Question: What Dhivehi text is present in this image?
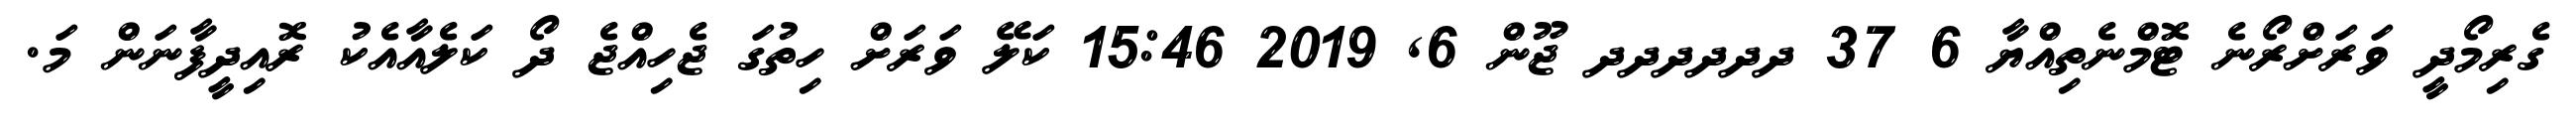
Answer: ގެރިމޯދީ ވަރަށްރޯނެ ޓޮމްނެތިއްޔާ 6 37 ދދދދދދ ޖޫން 6, 2019 15:46 ކަލޭ ވަރަށް ހިތުގަ ޖެހިއްޖެ ދޯ ކަލެއާއެކު ރޮއިދީފާނަން މަ.